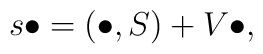
s\bullet =\left( \bullet ,S\right) +V\bullet ,